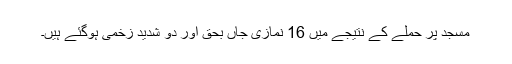
مسجد پر حملے کے نتیجے میں 16 نمازی جاں بحق اور دو شدید زخمی ہوگئے ہیں۔